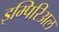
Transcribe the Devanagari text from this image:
इम्पिरिअल